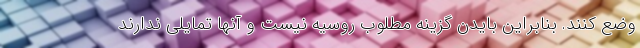
وضع کنند. بنابراین بایدن گزینه مطلوب روسیه نیست و آنها تمایلی ندارند